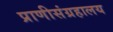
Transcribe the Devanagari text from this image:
प्राणीसंग्रहालय